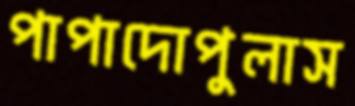
পাপাদোপুলাস